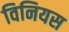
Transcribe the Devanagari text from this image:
विनियस